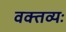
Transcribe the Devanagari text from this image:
वक्तव्यः